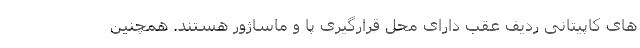
های کاپیتانی ردیف عقب دارای محل قرارگیری پا و ماساژور هستند. همچنین